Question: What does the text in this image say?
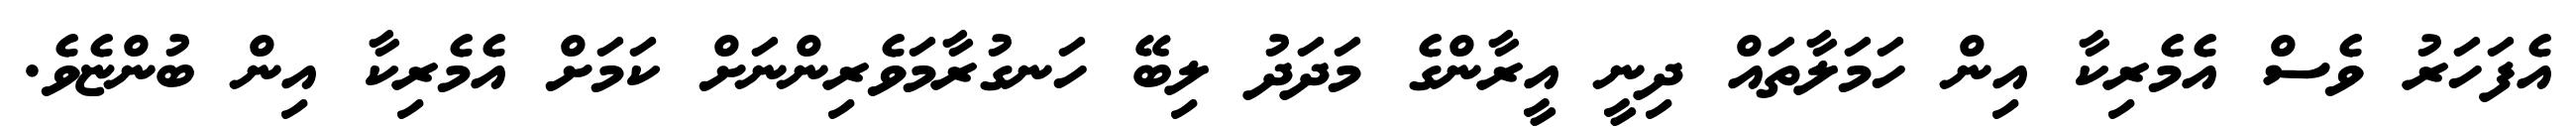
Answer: އެފަހަރު ވެސް އެމެރިކާ އިން ހަމަލާތައް ދިނީ އީރާންގެ މަދަދު ލިބޭ ހަނގުރާމަވެރިންނަށް ކަމަށް އެމެރިކާ އިން ބުންޏެވެ.